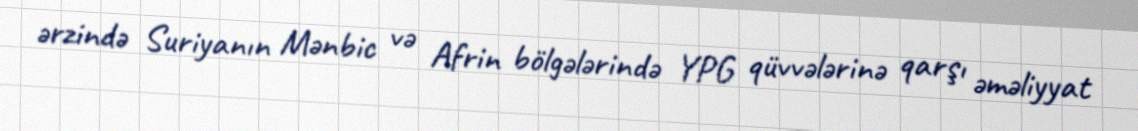
ərzində Suriyanın Mənbic və Afrin bölgələrində YPG qüvvələrinə qarşı əməliyyat